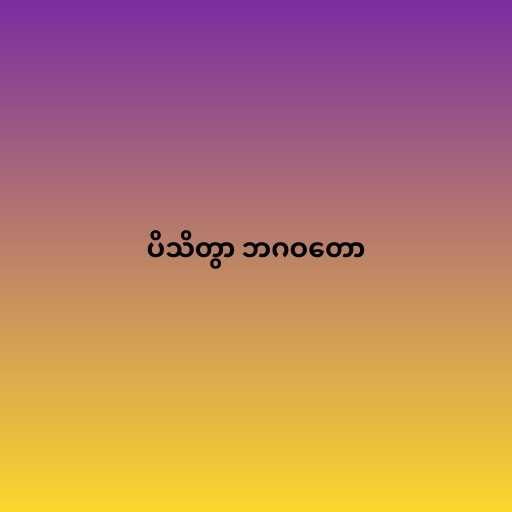
ပိသိတွာ ဘဂဝတော